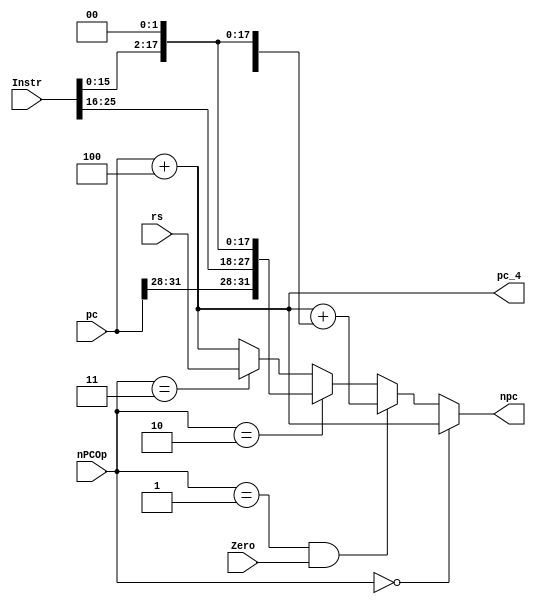
module nPC(
    input [25:0] Instr,
    input [31:0] pc,
    input [31:0] rs,
     input Zero,
    input [2:0] nPCOp,
    output [31:0] npc,
    output [31:0] pc_4
    );

    wire [15:0] offset;
    parameter    other = 3'b000,
                    beq = 3'b001,
                    jal = 3'b010,
                    jr = 3'b011;
    
    assign offset = Instr[15:0];
    
    assign pc_4 = pc + 4;
    
    assign npc = (nPCOp == other)                 ? pc_4 :
                     (nPCOp == beq && Zero == 1)     ? pc_4 + {{14{offset[15]}},offset,2'b00} :
                     (nPCOp == jal)                     ? {pc[31:28],Instr,2'b0} : 
                     (nPCOp == jr)                        ? rs :
                                                              pc_4;

endmodule